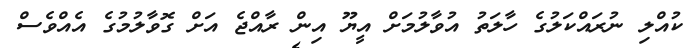
ކުއްލި ނުރައްކަލުގެ ހާލަތު އުވާލުމަށް އީޔޫ އިން ރާއްޖެ އަށް ގޮވާލުމުގެ އެއްވެސް